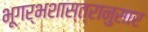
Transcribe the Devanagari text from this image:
भूगर्भशास्त्रानुसार